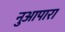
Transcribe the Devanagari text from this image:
नुआपारा